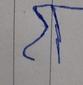
Signature authenticity: forged